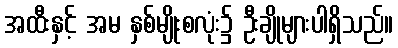
အထီးနှင့် အမ နှစ်မျိုးစလုံး၌ ဦးချိုများပါရှိသည်။